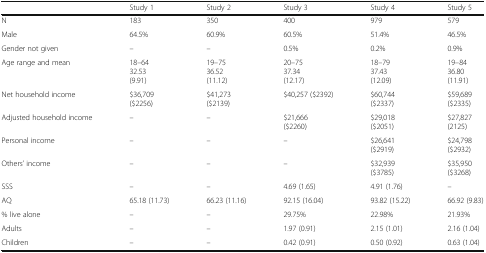
|  | Study 1 | Study 2 | Study 3 | Study 4 | Study 5 |
 | --- | --- | --- | --- | --- | --- |
 | N | 183 | 350 | 400 | 979 | 579 |
 | Male | 64.5% | 60.9% | 60.5% | 51.4% | 46.5% |
 | Gender not given | – | – | 0.5% | 0.2% | 0.9% |
 | Age range and mean | 18–6432.53(9.91) | 19–7536.52(11.12) | 20–7537.34(12.17) | 18–7937.43(12.09) | 19–8436.80(11.91) |
 | Net household income | $36,709($2256) | $41,273($2139) | $40,257 ($2392) | $60,744($2337) | $59,689($2335) |
 | Adjusted household income | – | – | $21,666($2260) | $29,018($2051) | $27,827(2125) |
 | Personal income | – | – | – | $26,641($2919) | $24,798($2932) |
 | Others’ income | – | – | – | $32,939($3785) | $35,950($3268) |
 | SSS | – | – | 4.69 (1.65) | 4.91 (1.76) | – |
 | AQ | 65.18 (11.73) | 66.23 (11.16) | 92.15 (16.04) | 93.82 (15.22) | 66.92 (9.83) |
 | % live alone | – | – | 29.75% | 22.98% | 21.93% |
 | Adults | – | – | 1.97 (0.91) | 2.15 (1.01) | 2.16 (1.04) |
 | Children | – | – | 0.42 (0.91) | 0.50 (0.92) | 0.63 (1.04) |